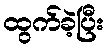
ထွက်ခဲ့ပြီး